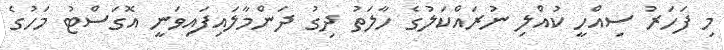
މި ފަހަރު ސިއްހީ ކުއްލި ނުރައްކަލުގެ ހާލަތު ދިގު ދަންމާލައިފައިވަނީ އޮގަސްޓު މަހުގެ